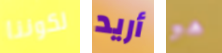
لكوننا أريد هو